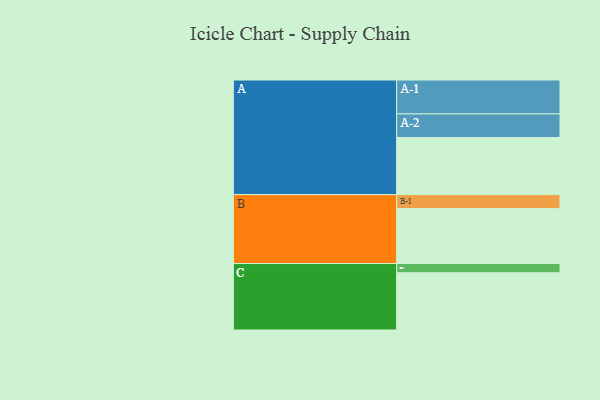
{"axis": {"x": "Segment", "y": "Value"}, "legend": ["", "A", "B", "C"], "data": [{"x": "A", "y": 414, "type": ""}, {"x": "B", "y": 398, "type": ""}, {"x": "C", "y": 415, "type": ""}, {"x": "A-1", "y": 246, "type": "A"}, {"x": "A-2", "y": 171, "type": "A"}, {"x": "B-1", "y": 102, "type": "B"}, {"x": "C-1", "y": 67, "type": "C"}]}